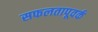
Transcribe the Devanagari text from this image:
सफलतापूवर्क